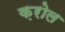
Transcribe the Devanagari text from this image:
क़रोल